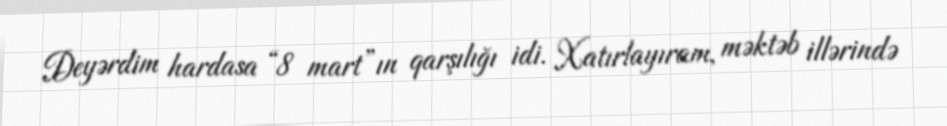
Deyərdim hardasa “8 mart”ın qarşılığı idi. Xatırlayıram, məktəb illərində